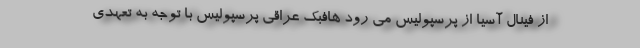
از فینال آسیا از پرسپولیس می رود هافبک عراقی پرسپولیس با توجه به تعهدی